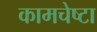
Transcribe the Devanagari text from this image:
कामचेष्टा